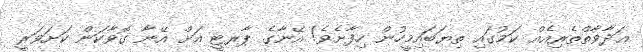
ޢަދާވާތްތެރިއެއް ކަމުގައި ތިޔަބައިމީހުން ހިފާށެވެ! އޭނާގެ ޕާރޓީ އަށް އޭނާ ގޮވާކަން ކަށަވަރީ